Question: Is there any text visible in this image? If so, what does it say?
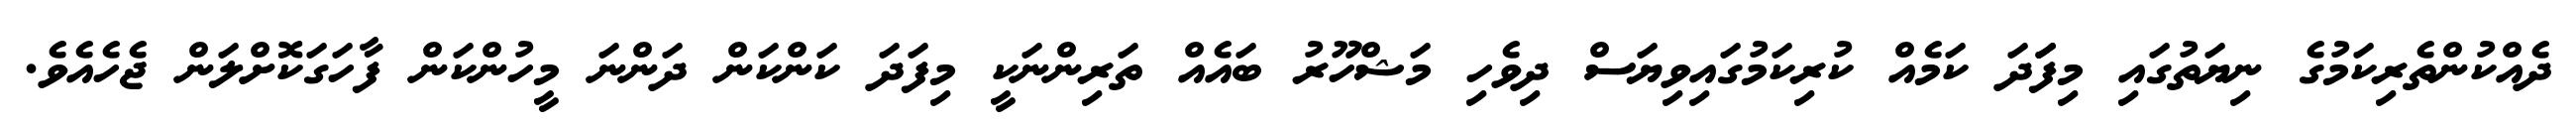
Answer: ދެއްކުންތެރިކަމުގެ ނިޔަތުގައި މިފަަދަ ކަމެއް ކުރިކަމުގައިވިޔަސް ދިވެހި މަޝްހޫރު ބައެއް ތަރިންނަކީ މިފަދަ ކަންކަން ދަންނަ މީހުންކަން ފާހަގަކޮށްލަން ޖެހެއެވެ.